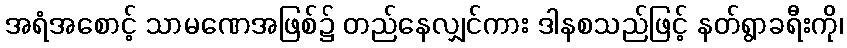
အရံအစောင့် သာမဏေအဖြစ်၌ တည်နေလျှင်ကား ဒါနစသည်ဖြင့် နတ်ရွာခရီးကို၊